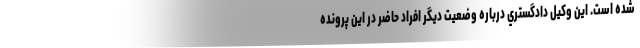
شده است. اين وكيل دادگستري درباره وضعيت ديگر افراد حاضر در اين پرونده